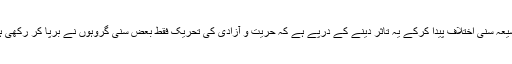
انہوں نے یہ بھی محسوس کیا کہ براہمن سامراج شیعہ سنی اختلاف پیدا کرکے یہ تاثر دینے کے درپے ہے کہ حریت و آزادی کی تحریک فقط بعض سنی گروہوں نے برپا کر رکھی ہے، شیعوں کا اس تحریک سے کوئی لینا دینا نہیں۔